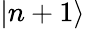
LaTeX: |n+1\rangle